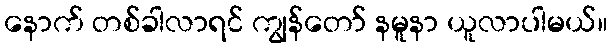
နောက် တစ်ခါလာရင် ကျွန်တော် နမူနာ ယူလာပါမယ်။